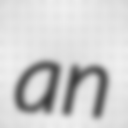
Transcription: an